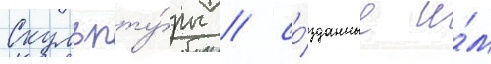
Скульпту́ры / со́зданные и́м